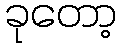
ခုတော့